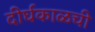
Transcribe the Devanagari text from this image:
दीर्घकाळची